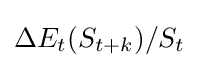
{{\Delta }E_{t}(S_{t+k})}/{S_{t}}